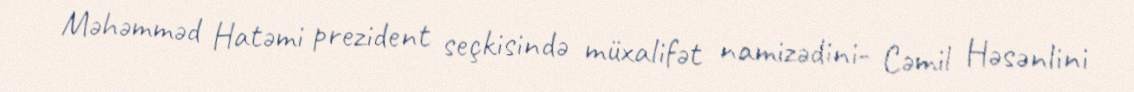
Məhəmməd Hatəmi prezident seçkisində müxalifət namizədini- Cəmil Həsənlini